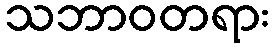
သဘာဝတရား